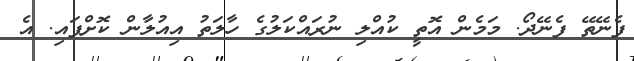
ފެނޭތޭ ފެނޭދޯ. މަމެން އޮތީ ކުއްލި ނުރައްކަލުގެ ހާލަތު އިއުލާން ކޮށްފައި. އެ